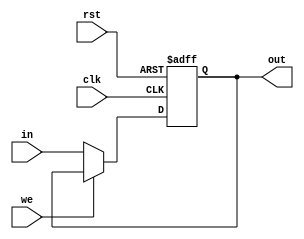
module buffer #(parameter N=16)
			   (input [N-1:0] in,
			    input clk,
				input rst,
				input we,
				output reg [N-1:0] out);
				
				
	always @ (posedge clk or negedge rst)
	begin
		if (~rst)
			out <= {13{1'b1}}; //reset sets all control signals to 1, so no unwanted writes.
		else
		begin 
			if (~we)
			out <= in;
			else
			out <= out;
		end
	
	end
endmodule